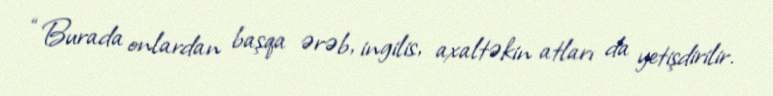
“Burada onlardan başqa ərəb, ingilis, axaltəkin atları da yetişdirilir.